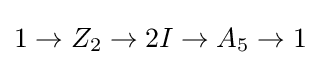
1\to Z_{2}\to 2I\to A_{5}\to 1